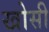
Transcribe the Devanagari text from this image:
खोसी